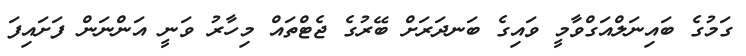
ގަމުގެ ބައިނަލްއަގްވާމީ ވައިގެ ބަނދަރަށް ބޭރުގެ ޖެޓްތައް މިހާރު ވަނީ އަންނަން ފަށައިފަ